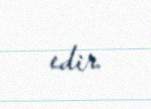
edir.